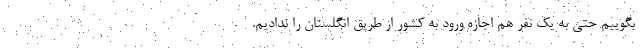
بگوییم حتی به یک نفر هم اجازه ورود به کشور از طریق انگلستان را ندادیم.